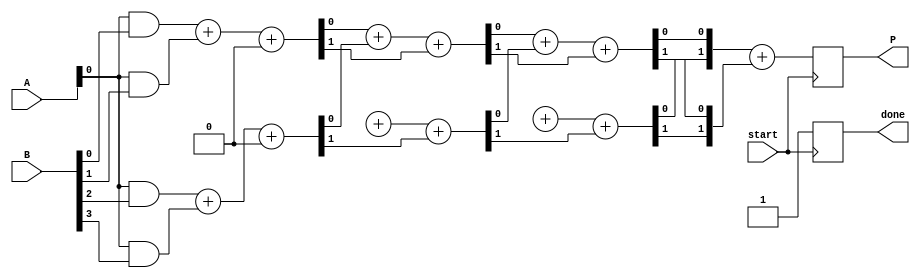
module async_wallace_tree_multiplier #(parameter N = 4) (
    input [N-1:0] A,
    input [N-1:0] B,
    output reg [2*N-1:0] P,
    input start,
    output reg done
);
    reg [N-1:0] partial_products[N-1:0];
    reg [2*N-1:0] sum_stage [N:0];
    reg [N:0] carry_stage [N:0];
    integer i, j;

    // Generate Partial Products
    always @(*) begin
        for (i = 0; i < N; i = i + 1) begin
            partial_products[i] = A & {N{B[i]}};
        end
    end

    // Wallace Tree Reduction
    always @(posedge start) begin
        done = 0;
        // Initialize the first stage
        for (i = 0; i < N; i = i + 1) begin
            sum_stage[0][i] = partial_products[i];
            carry_stage[0][i] = 0;
        end

        // Wallace Tree Logic
        for (i = 0; i < N; i = i + 1) begin
            for (j = 0; j < (N + 1) / 2; j = j + 1) begin
                if (i < N-1) begin
                    {carry_stage[i+1][j], sum_stage[i+1][j]} = sum_stage[i][2*j] + sum_stage[i][2*j+1] + carry_stage[i][j];
                end
            end
        end

        // Final Addition
        P = sum_stage[N-1] + carry_stage[N-1];

        // Signal completion
        done = 1;
    end
endmodule